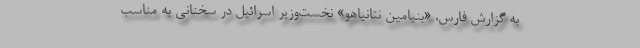
به گزارش فارس، «بنیامین نتانیاهو» نخست‌وزیر اسرائیل در سخنانی به مناسب